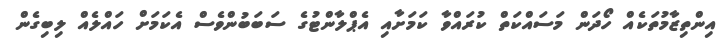
އިންތިޒާމުތަކެއް ހޯދަން މަސައްކަތް ކުރައްވާ ކަމަށާއި އެޕްލާންޓުގެ ސަބަބުންވެސް އެކަމަށް ހައްލެއް ލިބިގެން